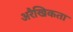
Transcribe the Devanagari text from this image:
अरैखिकता